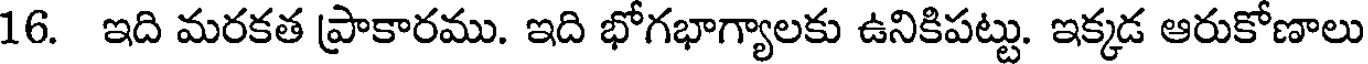
16. ఇది మరకత ప్రాకారము. ఇది భోగభాగ్యాలకు ఉనికిపట్టు. ఇక్కడ ఆరుకోణాలు